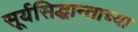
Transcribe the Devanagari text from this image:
सूर्यसिद्धान्ताच्या